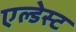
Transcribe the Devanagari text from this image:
एल्डेस्ट